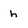
Character: h